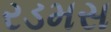
રડમસ